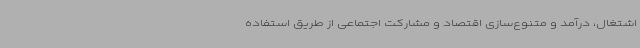
اشتغال، درآمد و متنوع‌سازی اقتصاد و مشارکت اجتماعی از طریق استفاده